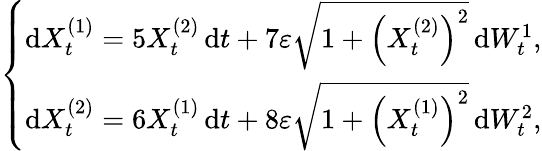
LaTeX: \left\{ \begin{array}{r}{\mathrm{d}X_{t}^{(1)}=5X_{t}^{(2)}\, \mathrm{d}t+7\varepsilon\sqrt{1+\left(X_{t}^{(2)}\right)^{2}}\, \mathrm{d}W_{t}^{1},}\\ {\mathrm{d}X_{t}^{(2)}=6X_{t}^{(1)}\, \mathrm{d}t+8\varepsilon\sqrt{1+\left(X_{t}^{(1)}\right)^{2}}\, \mathrm{d}W_{t}^{2},}\end{array}\right.